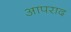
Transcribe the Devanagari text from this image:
आपराद